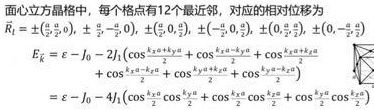
面心立方晶格中，每个格点有12个最近邻，对应的相对位移为
\[
\begin{align*}
\vec{R}_i&=\pm(\frac{a}{2},\frac{a}{2},0),\pm(\frac{a}{2},-\frac{a}{2},0),\pm(-\frac{a}{2},\frac{a}{2},0),\pm(-\frac{a}{2},-\frac{a}{2},0),\pm(0,\frac{a}{2},\frac{a}{2}),\pm(0,\frac{a}{2},-\frac{a}{2})\\
E&=\varepsilon - J_0 - 2J_1(\cos\frac{k_x a}{2}\cos\frac{k_y a}{2}+\cos\frac{k_y a}{2}\cos\frac{k_z a}{2}+\cos\frac{k_z a}{2}\cos\frac{k_x a}{2})\\
&=\varepsilon - J_0 - 4J_1(\cos\frac{k_x a}{2}\cos\frac{k_y a}{2}+\cos\frac{k_y a}{2}\cos\frac{k_z a}{2}+\cos\frac{k_z a}{2}\cos\frac{k_x a}{2})
\end{align*}
\]